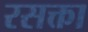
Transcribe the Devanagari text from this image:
रसक्ता